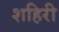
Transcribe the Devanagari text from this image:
शहिरी